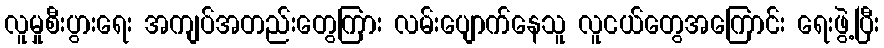
လူမှုစီးပွားရေး အကျပ်အတည်းတွေကြား လမ်းပျောက်နေသူ လူငယ်တွေအကြောင်း ရေးဖွဲ့ပြီး